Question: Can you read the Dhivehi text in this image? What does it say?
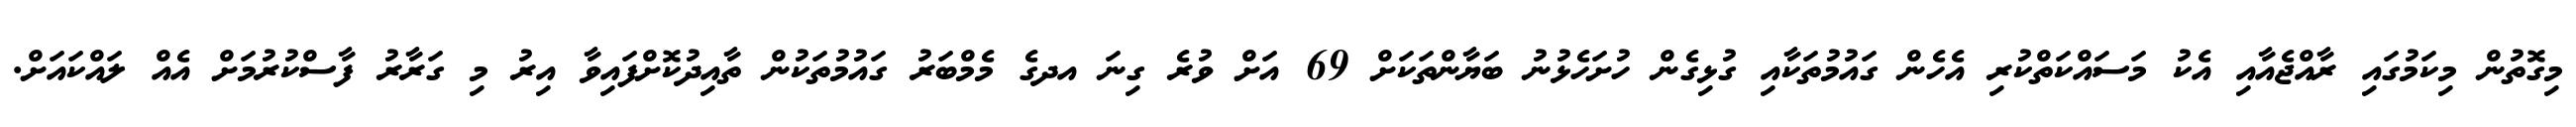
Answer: މިގޮތުން މިކަމުގައި ރާއްޖެއާއި އެކު މަސައްކަތްކުރި އެހެން ގައުމުތަކާއި ގުޅިގެން ހުށަހެޅުނު ބަޔާންތަކަށް 69 އަށް ވުރެ ގިނަ އދގެ މެމްބަރު ގައުމުތަކުން ތާއިދުކޮށްފައިވާ އިރު މި ގަރާރު ފާސްކުރުމަށް އެއް ލައްކައަށް.